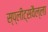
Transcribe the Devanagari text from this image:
स्प्लीट्सवैल्ला